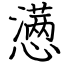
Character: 懑